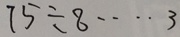
7 5 \div 8 \cdots 3